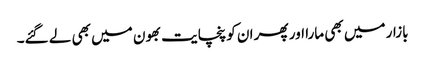
بازار میں بھی مارا اور پھر ان کو پنچایت بھون میں بھی لے گئے۔